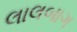
લાલબાગ